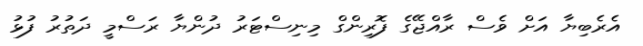
އެރެބިޔާ އަށް ވެސް ރާއްޖޭގެ ފޮރިންގް މިނިސްޓަރު ދުންޔާ ރަސްމީ ދަތުރު ފުޅު